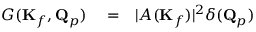
\begin{array} { r l r } { G ( \mathbf { K } _ { f } , \mathbf { Q } _ { p } ) } & { { } = } & { | A ( \mathbf { K } _ { f } ) | ^ { 2 } \delta ( \mathbf { Q } _ { p } ) } \end{array}